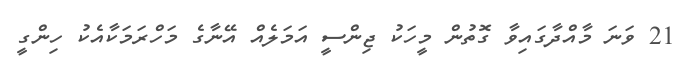
21 ވަނަ މާއްދާގައިވާ ގޮތުން މީހަކު ޖިންސީ އަމަލެއް އޭނާގެ މަހްރަމަކާއެކު ހިންގީ